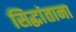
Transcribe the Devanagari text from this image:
सिद्धांताना